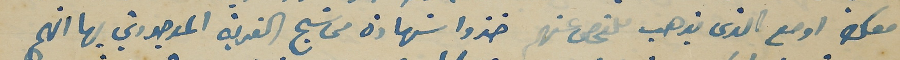
معك او مع الذى يذهب للفحص عنهم خذوا شهادة من شيح القرية الموجودين بها انهم